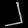
Digit: ၂